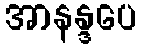
အာနန္ဒပေ